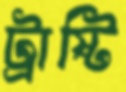
ট্রাষ্টি